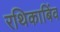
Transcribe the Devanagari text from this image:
रथिकाबिंव